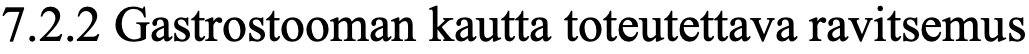
7.2.2 Gastrostooman kautta toteutettava ravitsemus